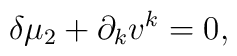
\delta \mu _{2}+\partial _{k}v^{k}=0,